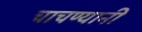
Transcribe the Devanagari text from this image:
चाचण्यानी